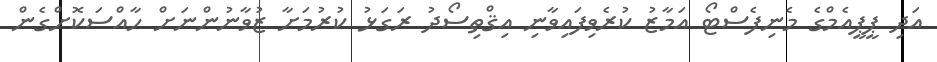
އަދި ޕީޕީއެމްގެ މެނިފެސްޓޯ އަމާޒު ކުރެވިފައިވާނި އިޤްތިސޯދު ރަގަޅު ކުރުމަށާ ޒުވާނުންނަށް ހާއްސަކޮށްގެން